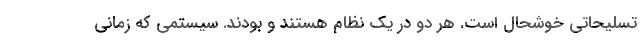
تسليحاتي خوشحال است. هر دو در يك نظام هستند و بودند. سيستمي كه زماني